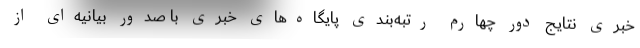
خبری نتایج دور چهارم رتبه‌بندی پایگاه‌های خبری با صدور بیانیه‌ای از